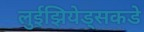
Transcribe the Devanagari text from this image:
लुईझियेड्सकडे